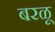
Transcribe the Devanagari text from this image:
बरळू